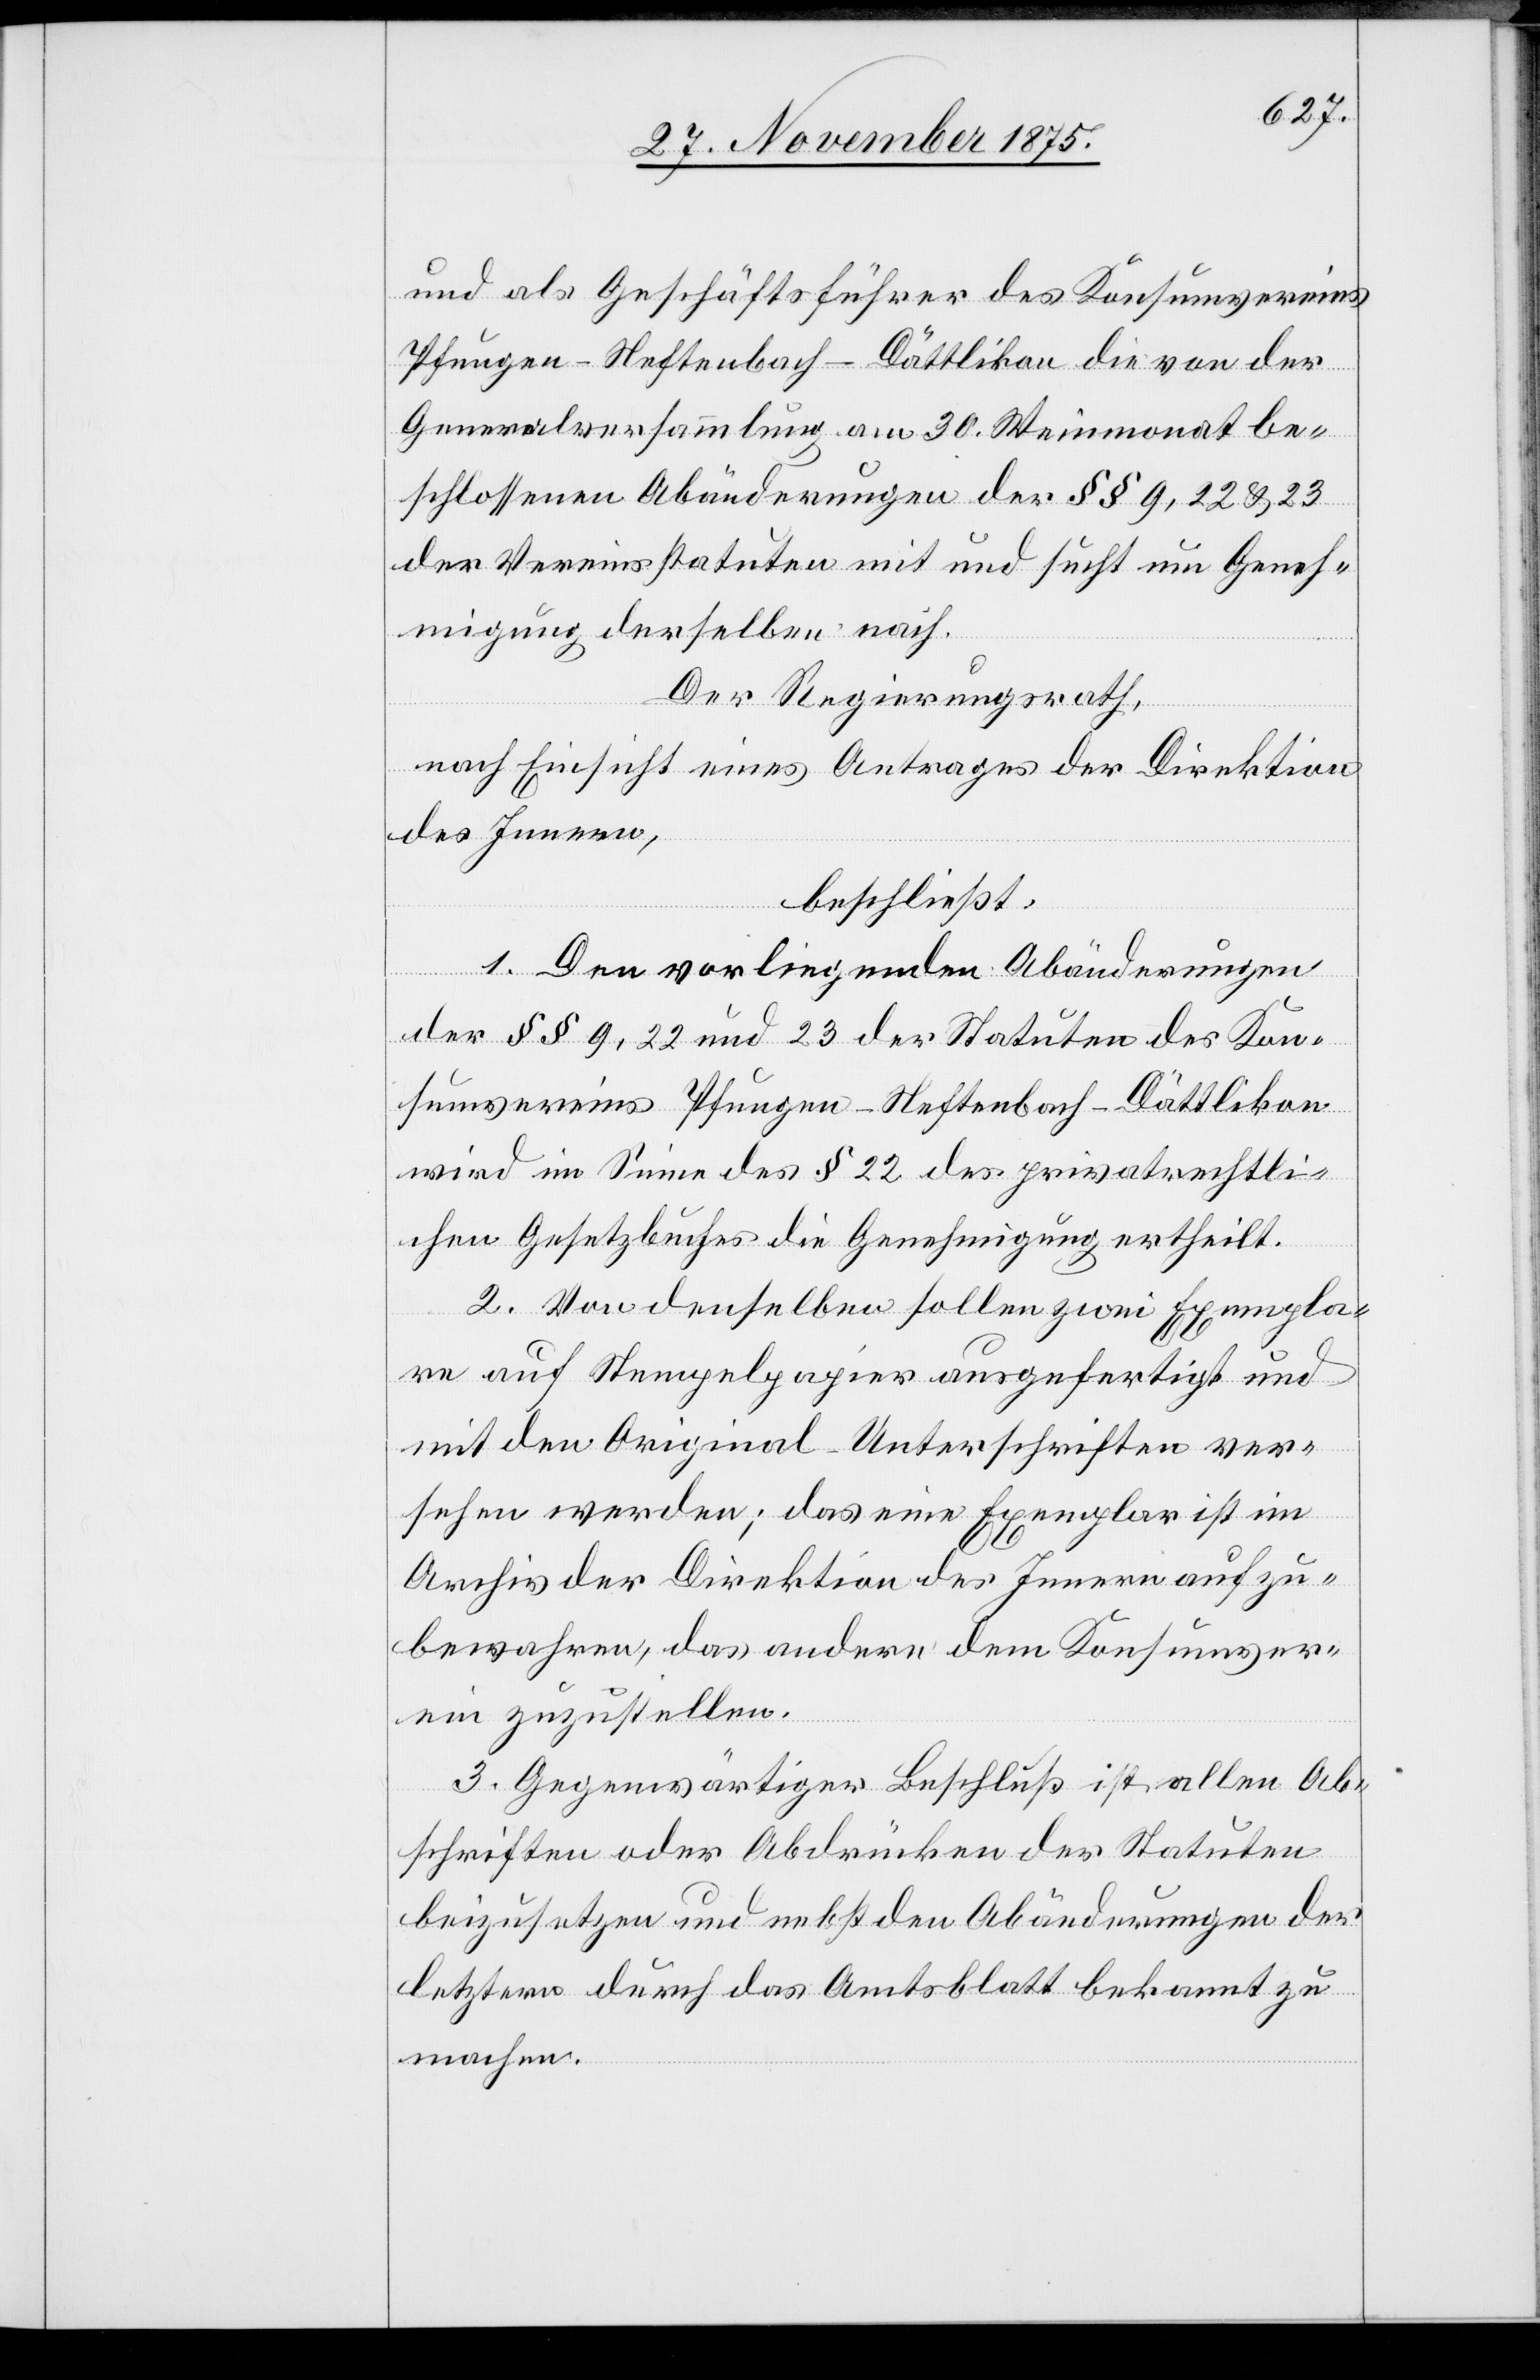
und als Geschäftsführer des Konsumvereins
Pfungen-Neftenbach-Dättlikon die von der
Generalversammlung am 30. Weinmonat be¬
schlossenen Abänderungen der §§ 9, 22 & 23
der Vereinsstatuten mit und sucht um Geneh¬
migung derselben nach.
Der Regierungsrath,
nach Einsicht eines Antrages der Direktion
des Innern,
beschließt:
1. Den vorliegenden Abänderungen
der §§ 9, 22 und 23 der Statuten des Kon¬
sumvereins Pfungen-Neftenbach-Dättlikon
wird im Sinne des § 22 des privatrechtli¬
chen Gesetzbuches die Genehmigung ertheilt.
2. Von denselben sollen zwei Exempla¬
re auf Stempelpapier ausgefertigt und
mit den Original-Unterschriften ver¬
sehen werden; das eine Exemplar ist im
Archiv der Direktion des Innern aufzu¬
bewahren, das andere dem Konsumver¬
ein zuzustellen.
3. Gegenwärtiger Beschluß ist allen Ab¬
schriften oder Abdrücken der Statuten
beizusetzen und nebst den Abänderungen der
letztern durch das Amtsblatt bekannt zu
machen.